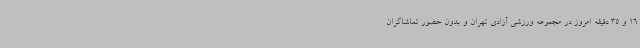
16 و 35 دقیقه امروز در مجموعه ورزشی آزادی تهران و بدون حضور تماشاگران